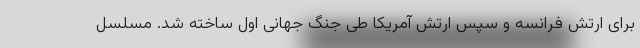
برای ارتش فرانسه و سپس ارتش آمریکا طی جنگ جهانی اول ساخته شد. مسلسل